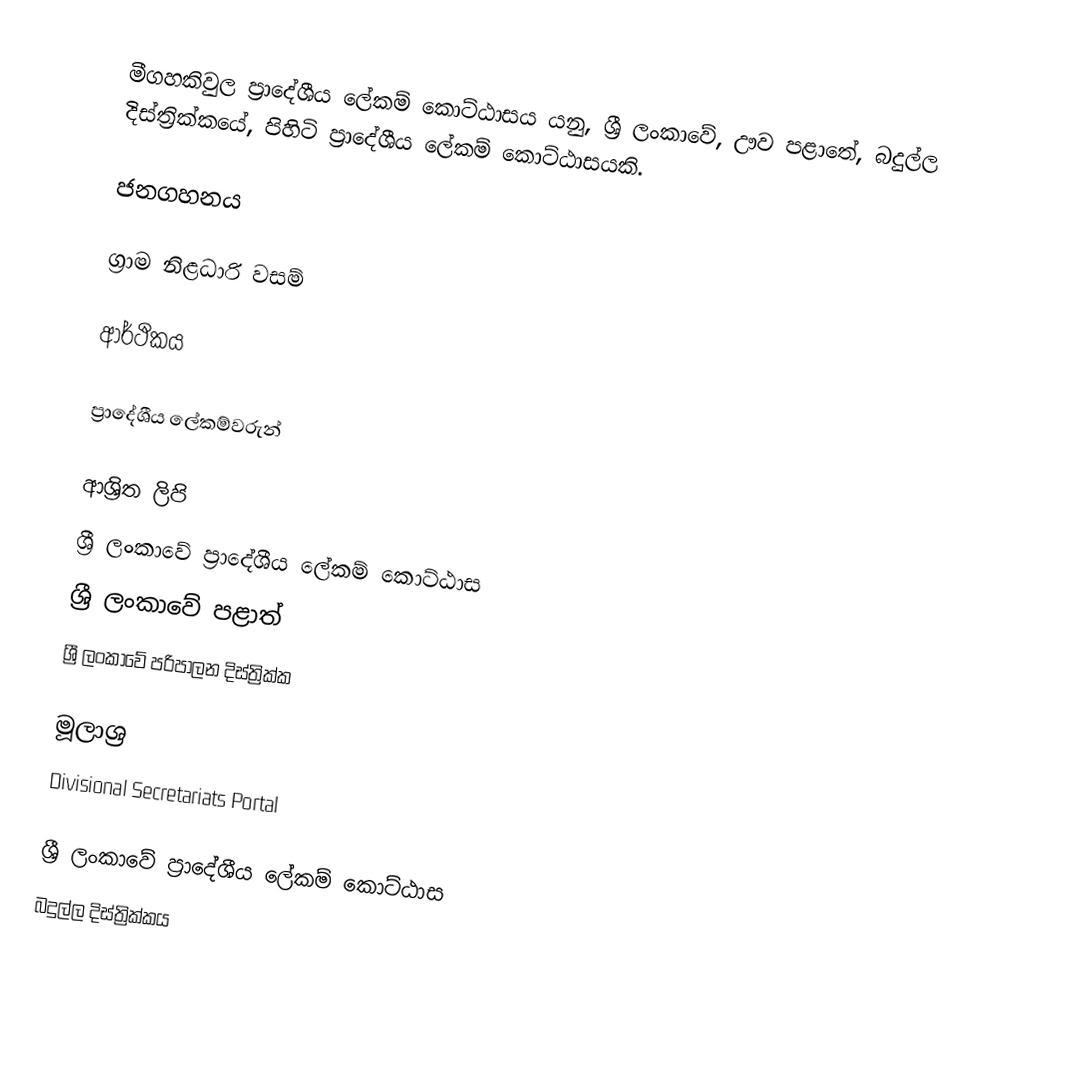
මීගහකිවුල ප්‍රාදේශීය ලේකම් කොට්ඨාසය යනු,  ශ්‍රී ලංකාවේ, ඌව පළාතේ,   බදුල්ල දිස්ත්‍රික්කයේ, පිහිටි ප්‍රාදේශීය ලේකම් කොට්ඨාසයකි.

ජනගහනය

ග්‍රාම නිළධාරි වසම්

ආර්ථිකය

ප්‍රාදේශීය ලේකම්වරුන්

ආශ්‍රිත ලිපි
ශ්‍රී ලංකාවේ ප්‍රාදේශීය ලේකම් කොට්ඨාස
ශ්‍රී ලංකාවේ පළාත්
ශ්‍රී ලංකාවේ පරිපාලන දිස්ත්‍රික්ක

මූලාශ්‍ර
 Divisional Secretariats Portal

ශ්‍රී ලංකාවේ ප්‍රාදේශීය ලේකම් කොට්ඨාස
බදුල්ල දිස්ත්‍රික්කය